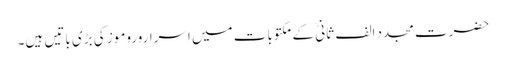
حضرت مجدد الف ثانیؒ کے مکتوبات میں اسراروروموز کی بڑی باتیں ہیں۔